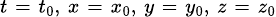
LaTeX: \scriptstyle t\; =\; t_{0},\; x\; =\; x_{0},\; y\; =\; y_{0},\; z\; =\; z_{0}